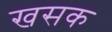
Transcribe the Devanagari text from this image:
खसक